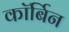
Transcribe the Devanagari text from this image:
कॉर्बिन